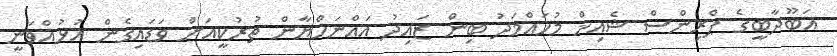
އަބޫދާބީގެ ޕްރިންސް ޝެއިޚް މުހައްމަދު ބިން ޒައިދު އައްނަހްޔާން ތުރުކީއަށް ވަޑައިގެން އުޅުއްވަނީ